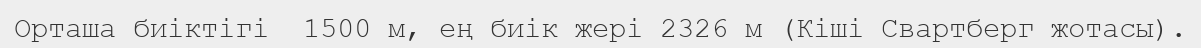
Орташа биіктігі  1500 м, ең биік жері 2326 м (Кіші Свартберг жотасы).